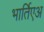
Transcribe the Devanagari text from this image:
भार्तिएअ